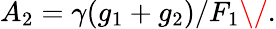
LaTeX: A_{2}=\gamma(g_{1}+g_{2})/F_{1}\/ .